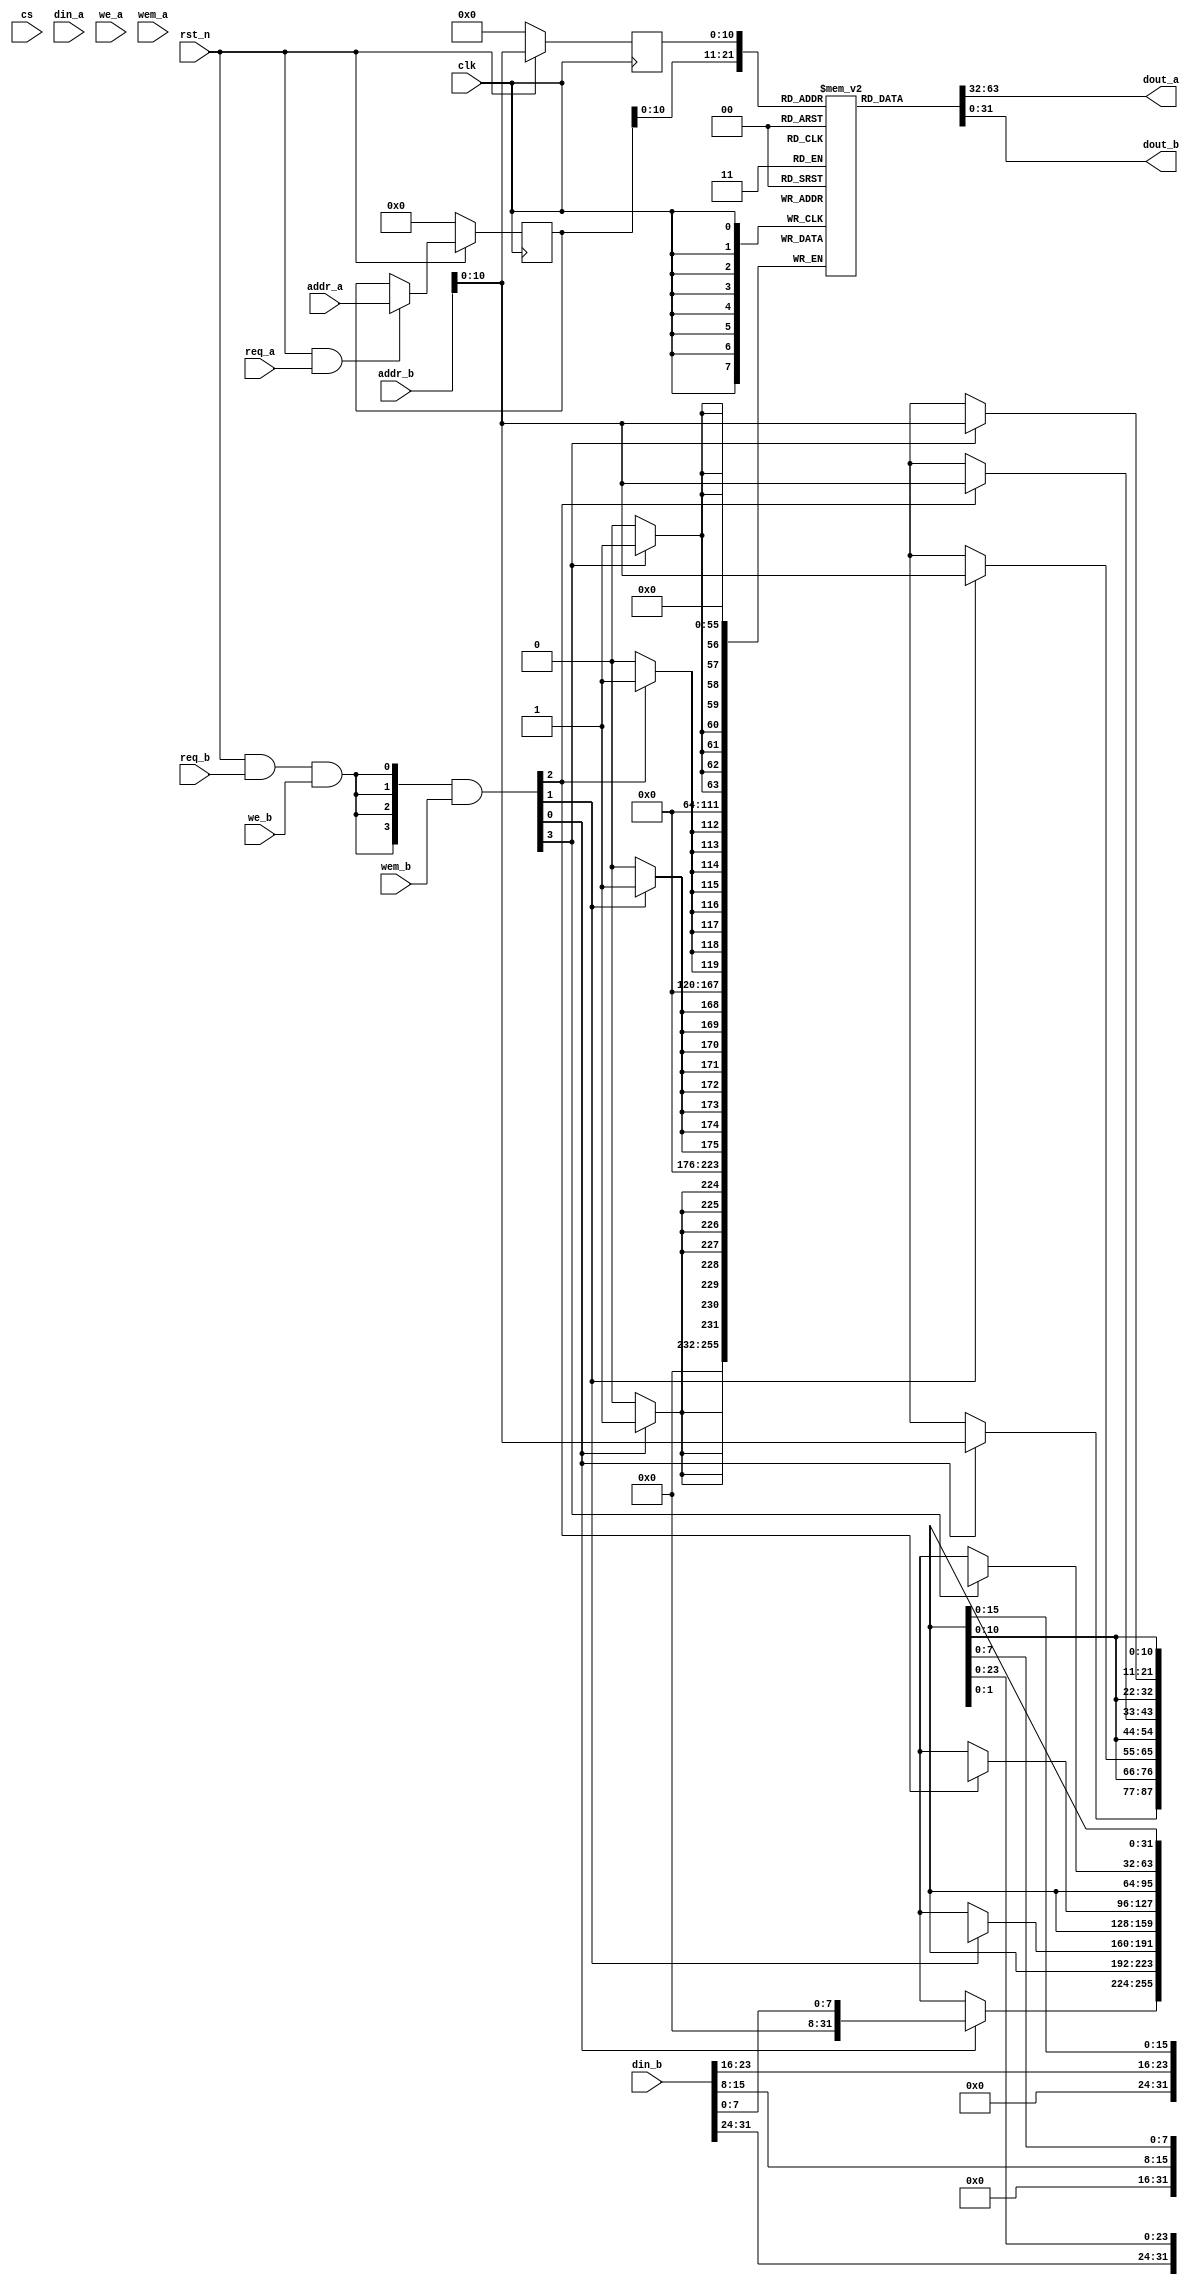
module sirv_duelport_ram 
#(parameter DP = 2048,
  parameter FORCE_X2ZERO = 0,
  parameter DW = 32,
  parameter MW = 4,
  parameter AW = 32 
)
(
  input             clk, 
  input  			rst_n,
  input             cs, 
  input             req_a,
  input             req_b,
  input  [DW-1  :0] din_a, 
  input  [DW-1  :0] din_b, 
  input  [AW-1  :0] addr_a,
  input  [AW-1  :0] addr_b,
  input             we_a,
  input             we_b,
  input  [MW-1:0]   wem_a,
  input  [MW-1:0]   wem_b,
  output [DW-1:0]   dout_a,
  output [DW-1:0]   dout_b
);

    reg [DW-1:0] mem_r [0:DP-1];
    reg [AW-1:0]addr_a_r;
    reg [AW-1:0]addr_b_r;
    wire [MW-1:0] wen_a;
    wire [MW-1:0] wen_b;
    wire ren_a;
    wire ren_b;
	
	
	assign ren_a = rst_n & req_a;
	assign ren_b = 1'b0;
	
    assign wen_a = 1'b0;
    assign wen_b = ({MW{rst_n & req_b & we_b}} & wem_b);
    
    always @(posedge clk)
    begin
        if(!rst_n)begin
            addr_a_r <= 0;   
        end
        else if (ren_a)begin
            addr_a_r <= addr_a;
        end
		else begin
            addr_a_r <= addr_a_r;
        end
    end
	
    always @(posedge clk)
    begin
        if(!rst_n)begin
            addr_b_r <= 0;   
        end
        else if (ren_b)begin
            addr_b_r <= addr_b;
        end
		else begin
            addr_b_r <= addr_b;
        end
    end
	
    genvar i;
		
    generate
      for (i = 0; i < MW; i = i+1) begin :mem
        if((8*i+8) > DW ) begin: last
          always @(posedge clk) begin
            if (wen_a[i]) begin
               mem_r[addr_a][DW-1:8*i] <= din_a[DW-1:8*i];
            end
            else if (wen_b[i]) begin
               mem_r[addr_b][DW-1:8*i] <= din_b[DW-1:8*i];
            end
          end
        end
        else begin: non_last
          always @(posedge clk) begin
            if (wen_a[i]) begin
               mem_r[addr_a][8*i+7:8*i] <= din_a[8*i+7:8*i];
            end
            else if (wen_b[i]) begin
               mem_r[addr_b][8*i+7:8*i] <= din_b[8*i+7:8*i];
            end
          end
        end
      end
    endgenerate
    
  wire [DW-1:0] dout_pre_a;
  wire [DW-1:0] dout_pre_b;
  assign dout_pre_a = mem_r[addr_a_r];
  assign dout_pre_b = mem_r[addr_b_r];
  
  generate
   if(FORCE_X2ZERO == 1) begin: force_x_to_zero
      for (i = 0; i < DW; i = i+1) begin:force_x_gen 
          `ifndef SYNTHESIS//{
         assign dout_a[i] = (dout_pre_a[i] === 1'bx) ? 1'b0 : dout_pre_a[i];
         assign dout_b[i] = (dout_pre_b[i] === 1'bx) ? 1'b0 : dout_pre_b[i];
          `else//}{
         assign dout_a[i] = dout_pre_a[i];
         assign dout_b[i] = dout_pre_b[i];
          `endif//}
      end
   end
   else begin:no_force_x_to_zero
     assign dout_a = dout_pre_a;
     assign dout_b = dout_pre_b;
   end
  endgenerate

endmodule